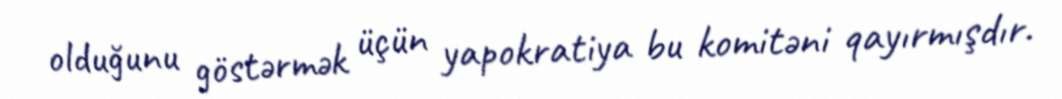
olduğunu göstərmək üçün yapokratiya bu komitəni qayırmışdır.